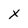
Character: x